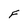
Character: F